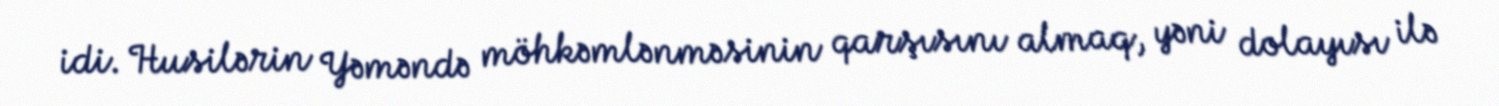
idi. Husilərin Yəməndə möhkəmlənməsinin qarşısını almaq, yəni dolayısı ilə